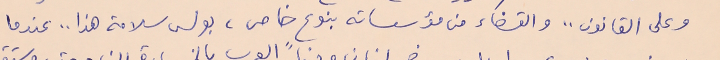
وعلى القانون .. والقضاء من مؤسساته بنوعٍ خاص، بولس سلامة هذا .. عندما